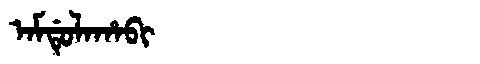
Manchu: ᠠᠮᡩᡠᠯᠠᡥᠠᠪᡳ
Romanization: AMDULAHABI